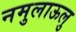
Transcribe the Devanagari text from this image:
नमुलाऊलु